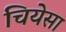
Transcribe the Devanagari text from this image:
चियेसा